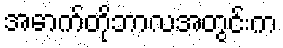
အောက်တိုဘာလအတွင်းက